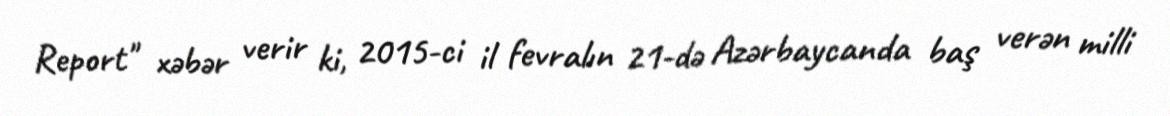
Report" xəbər verir ki, 2015-ci il fevralın 21-də Azərbaycanda baş verən milli